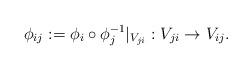
LaTeX: \begin{align*} \phi_{ij}:= \phi_i\circ{\phi_j^{-1}} \vert_{ V_{ji} }:V_{ji}\to V_{ij} .\end{align*}